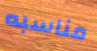
مناسبه